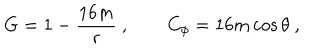
LaTeX: G = 1 - { \frac { 1 6 m } { r } } \ , \qquad C _ { \phi } = 1 6 m \cos \theta \ ,